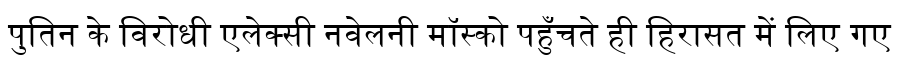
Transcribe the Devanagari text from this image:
पुतिन के विरोधी एलेक्सी नवेलनी मॉस्को पहुँचते ही हिरासत में लिए गए